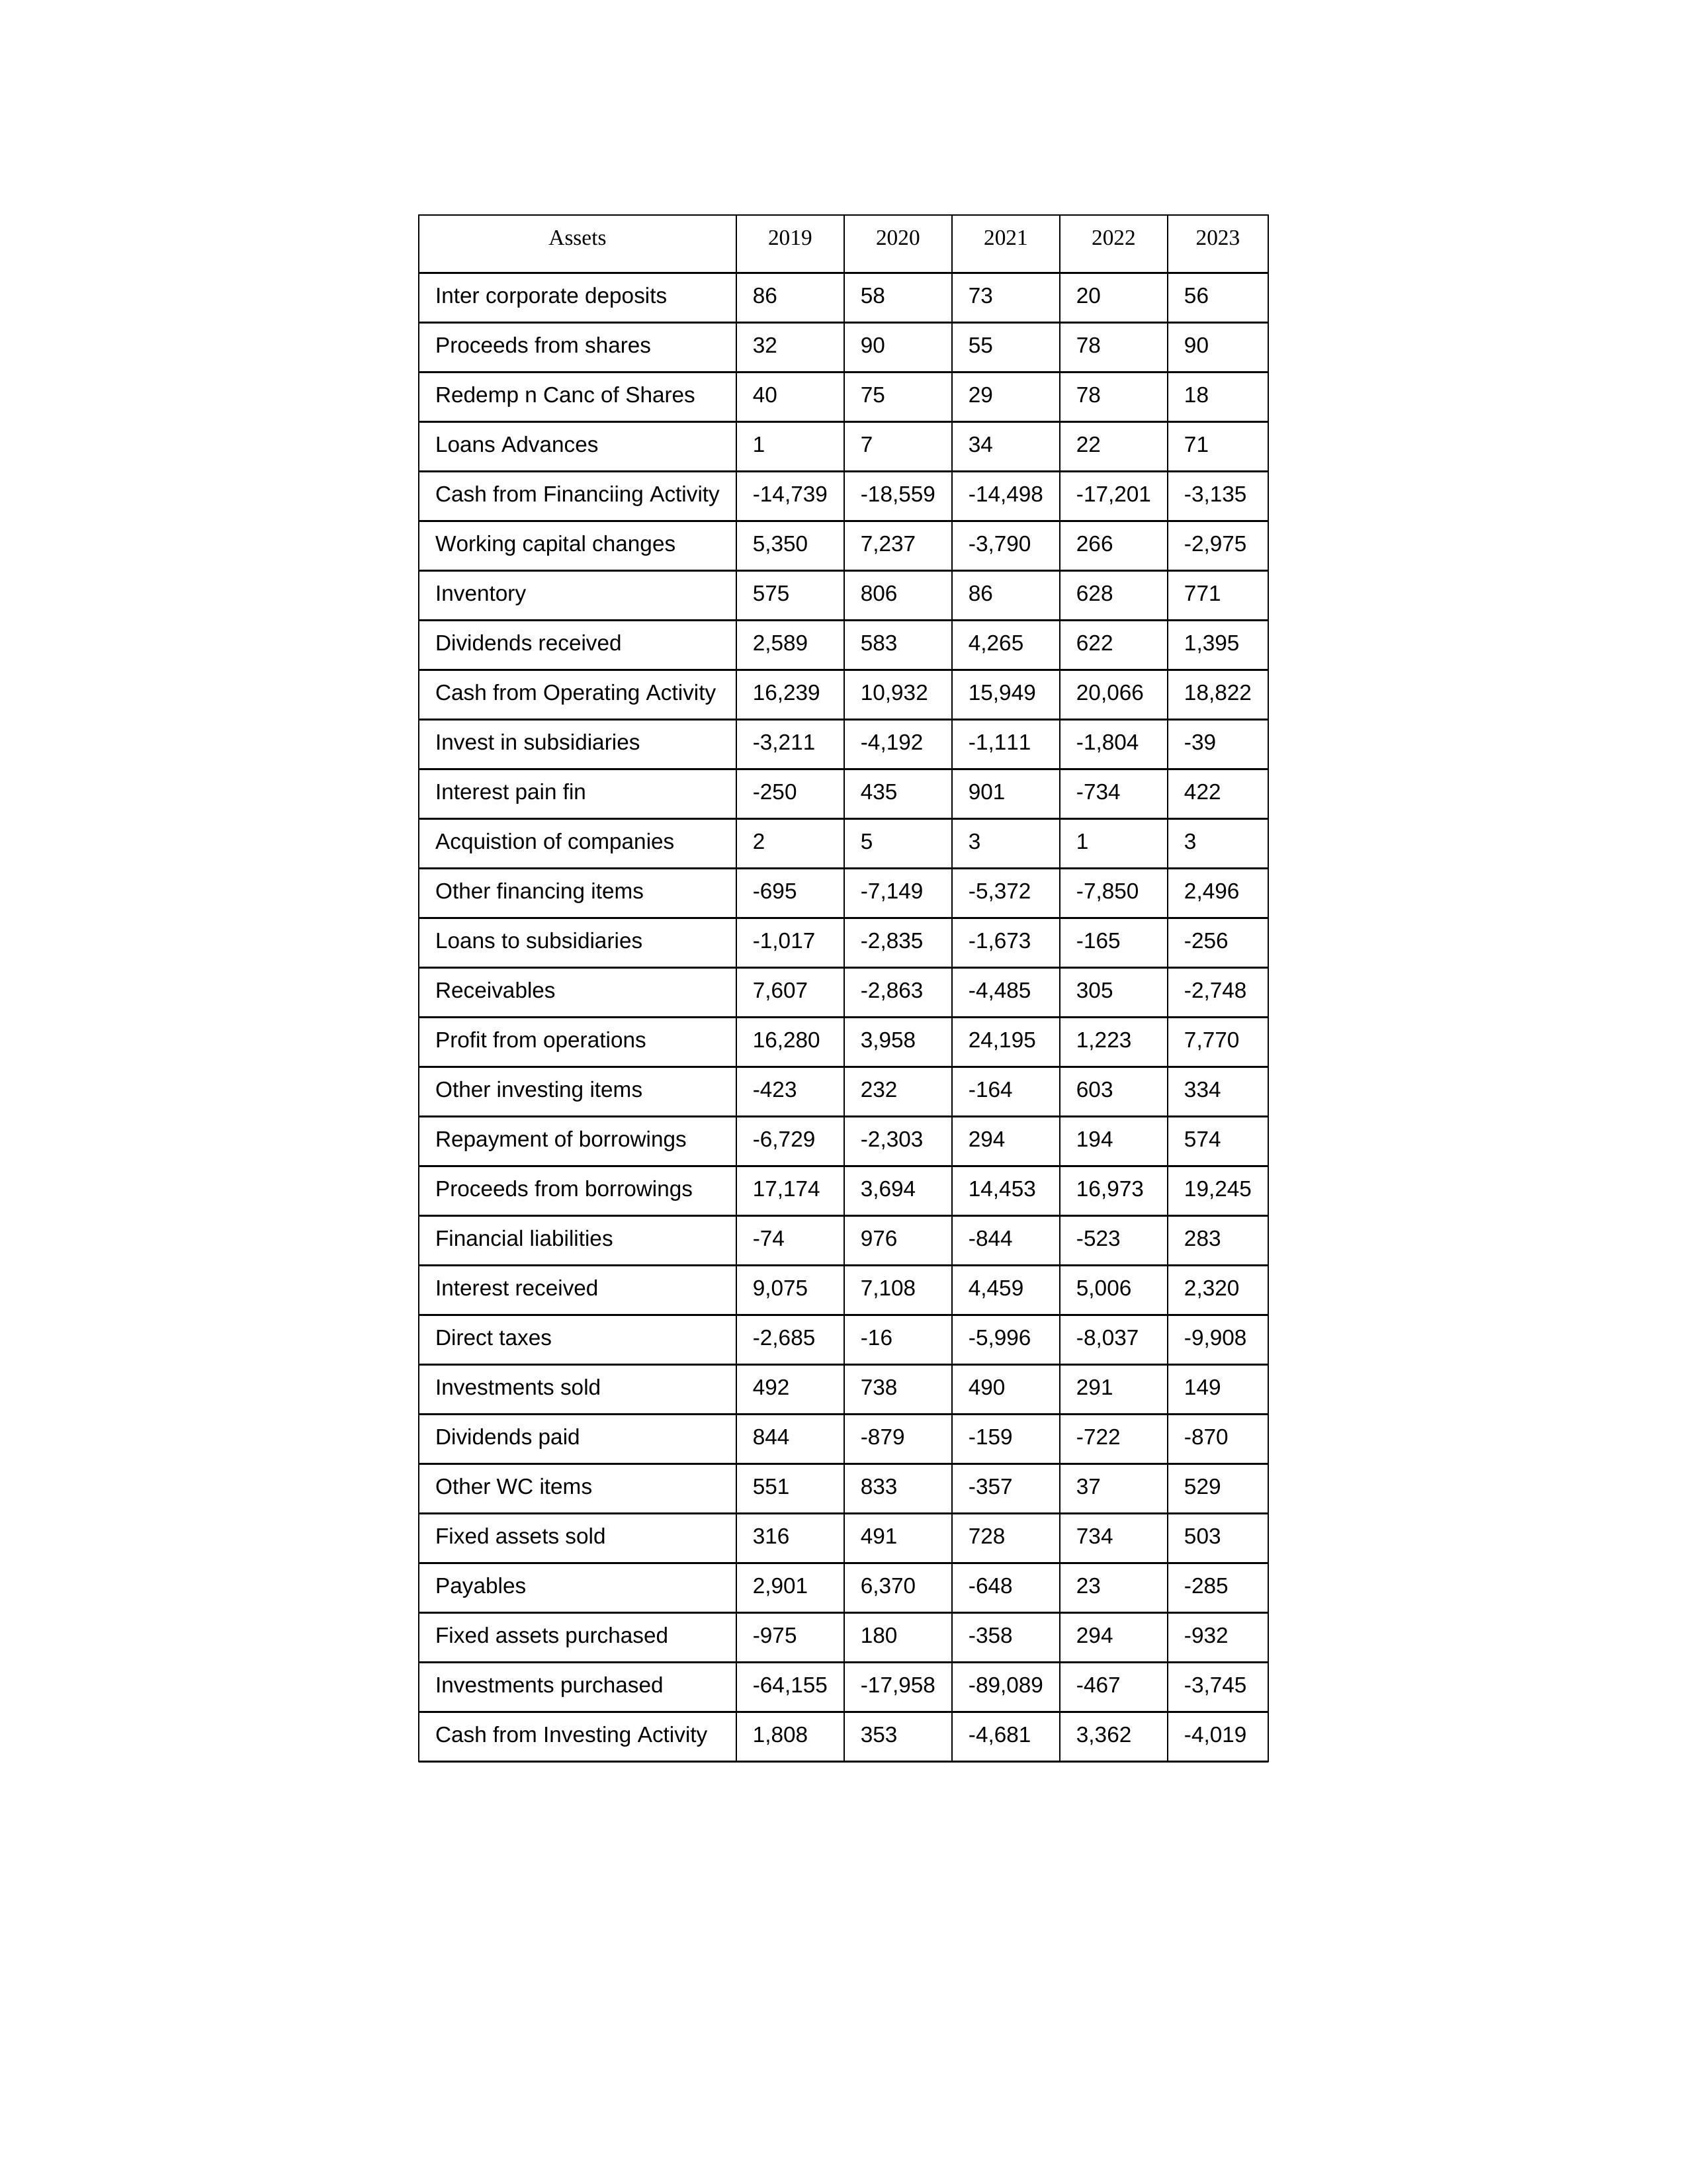
gt_parse: 2019: Cash from Operating Activity: 16,239
Profit from operations: 16,280
Receivables: 7,607
Inventory: 575
Payables: 2,901
Loans Advances: 1
Other WC items: 551
Working capital changes: 5,350
Direct taxes: -2,685
Cash from Investing Activity: 1,808
Fixed assets purchased: -975
Fixed assets sold: 316
Investments purchased: -64,155
Investments sold: 492
Interest received: 9,075
Dividends received: 2,589
Invest in subsidiaries: -3,211
Loans to subsidiaries: -1,017
Redemp n Canc of Shares: 40
Acquistion of companies: 2
Inter corporate deposits: 86
Other investing items: -423
Cash from Financiing Activity: -14,739
Proceeds from shares: 32
Proceeds from borrowings: 17,174
Repayment of borrowings: -6,729
Interest pain fin: -250
Dividends paid: 844
Financial liabilities: -74
Other financing items: -695
2020: Cash from Operating Activity: 10,932
Profit from operations: 3,958
Receivables: -2,863
Inventory: 806
Payables: 6,370
Loans Advances: 7
Other WC items: 833
Working capital changes: 7,237
Direct taxes: -16
Cash from Investing Activity: 353
Fixed assets purchased: 180
Fixed assets sold: 491
Investments purchased: -17,958
Investments sold: 738
Interest received: 7,108
Dividends received: 583
Invest in subsidiaries: -4,192
Loans to subsidiaries: -2,835
Redemp n Canc of Shares: 75
Acquistion of companies: 5
Inter corporate deposits: 58
Other investing items: 232
Cash from Financiing Activity: -18,559
Proceeds from shares: 90
Proceeds from borrowings: 3,694
Repayment of borrowings: -2,303
Interest pain fin: 435
Dividends paid: -879
Financial liabilities: 976
Other financing items: -7,149
2021: Cash from Operating Activity: 15,949
Profit from operations: 24,195
Receivables: -4,485
Inventory: 86
Payables: -648
Loans Advances: 34
Other WC items: -357
Working capital changes: -3,790
Direct taxes: -5,996
Cash from Investing Activity: -4,681
Fixed assets purchased: -358
Fixed assets sold: 728
Investments purchased: -89,089
Investments sold: 490
Interest received: 4,459
Dividends received: 4,265
Invest in subsidiaries: -1,111
Loans to subsidiaries: -1,673
Redemp n Canc of Shares: 29
Acquistion of companies: 3
Inter corporate deposits: 73
Other investing items: -164
Cash from Financiing Activity: -14,498
Proceeds from shares: 55
Proceeds from borrowings: 14,453
Repayment of borrowings: 294
Interest pain fin: 901
Dividends paid: -159
Financial liabilities: -844
Other financing items: -5,372
2022: Cash from Operating Activity: 20,066
Profit from operations: 1,223
Receivables: 305
Inventory: 628
Payables: 23
Loans Advances: 22
Other WC items: 37
Working capital changes: 266
Direct taxes: -8,037
Cash from Investing Activity: 3,362
Fixed assets purchased: 294
Fixed assets sold: 734
Investments purchased: -467
Investments sold: 291
Interest received: 5,006
Dividends received: 622
Invest in subsidiaries: -1,804
Loans to subsidiaries: -165
Redemp n Canc of Shares: 78
Acquistion of companies: 1
Inter corporate deposits: 20
Other investing items: 603
Cash from Financiing Activity: -17,201
Proceeds from shares: 78
Proceeds from borrowings: 16,973
Repayment of borrowings: 194
Interest pain fin: -734
Dividends paid: -722
Financial liabilities: -523
Other financing items: -7,850
2023: Cash from Operating Activity: 18,822
Profit from operations: 7,770
Receivables: -2,748
Inventory: 771
Payables: -285
Loans Advances: 71
Other WC items: 529
Working capital changes: -2,975
Direct taxes: -9,908
Cash from Investing Activity: -4,019
Fixed assets purchased: -932
Fixed assets sold: 503
Investments purchased: -3,745
Investments sold: 149
Interest received: 2,320
Dividends received: 1,395
Invest in subsidiaries: -39
Loans to subsidiaries: -256
Redemp n Canc of Shares: 18
Acquistion of companies: 3
Inter corporate deposits: 56
Other investing items: 334
Cash from Financiing Activity: -3,135
Proceeds from shares: 90
Proceeds from borrowings: 19,245
Repayment of borrowings: 574
Interest pain fin: 422
Dividends paid: -870
Financial liabilities: 283
Other financing items: 2,496